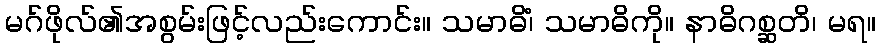
မဂ်ဖိုလ်၏အစွမ်းဖြင့်လည်းကောင်း။ သမာဓိံ၊ သမာဓိကို။ နာဓိဂစ္ဆတိ၊ မရ။